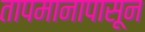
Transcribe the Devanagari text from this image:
तापमानापासून